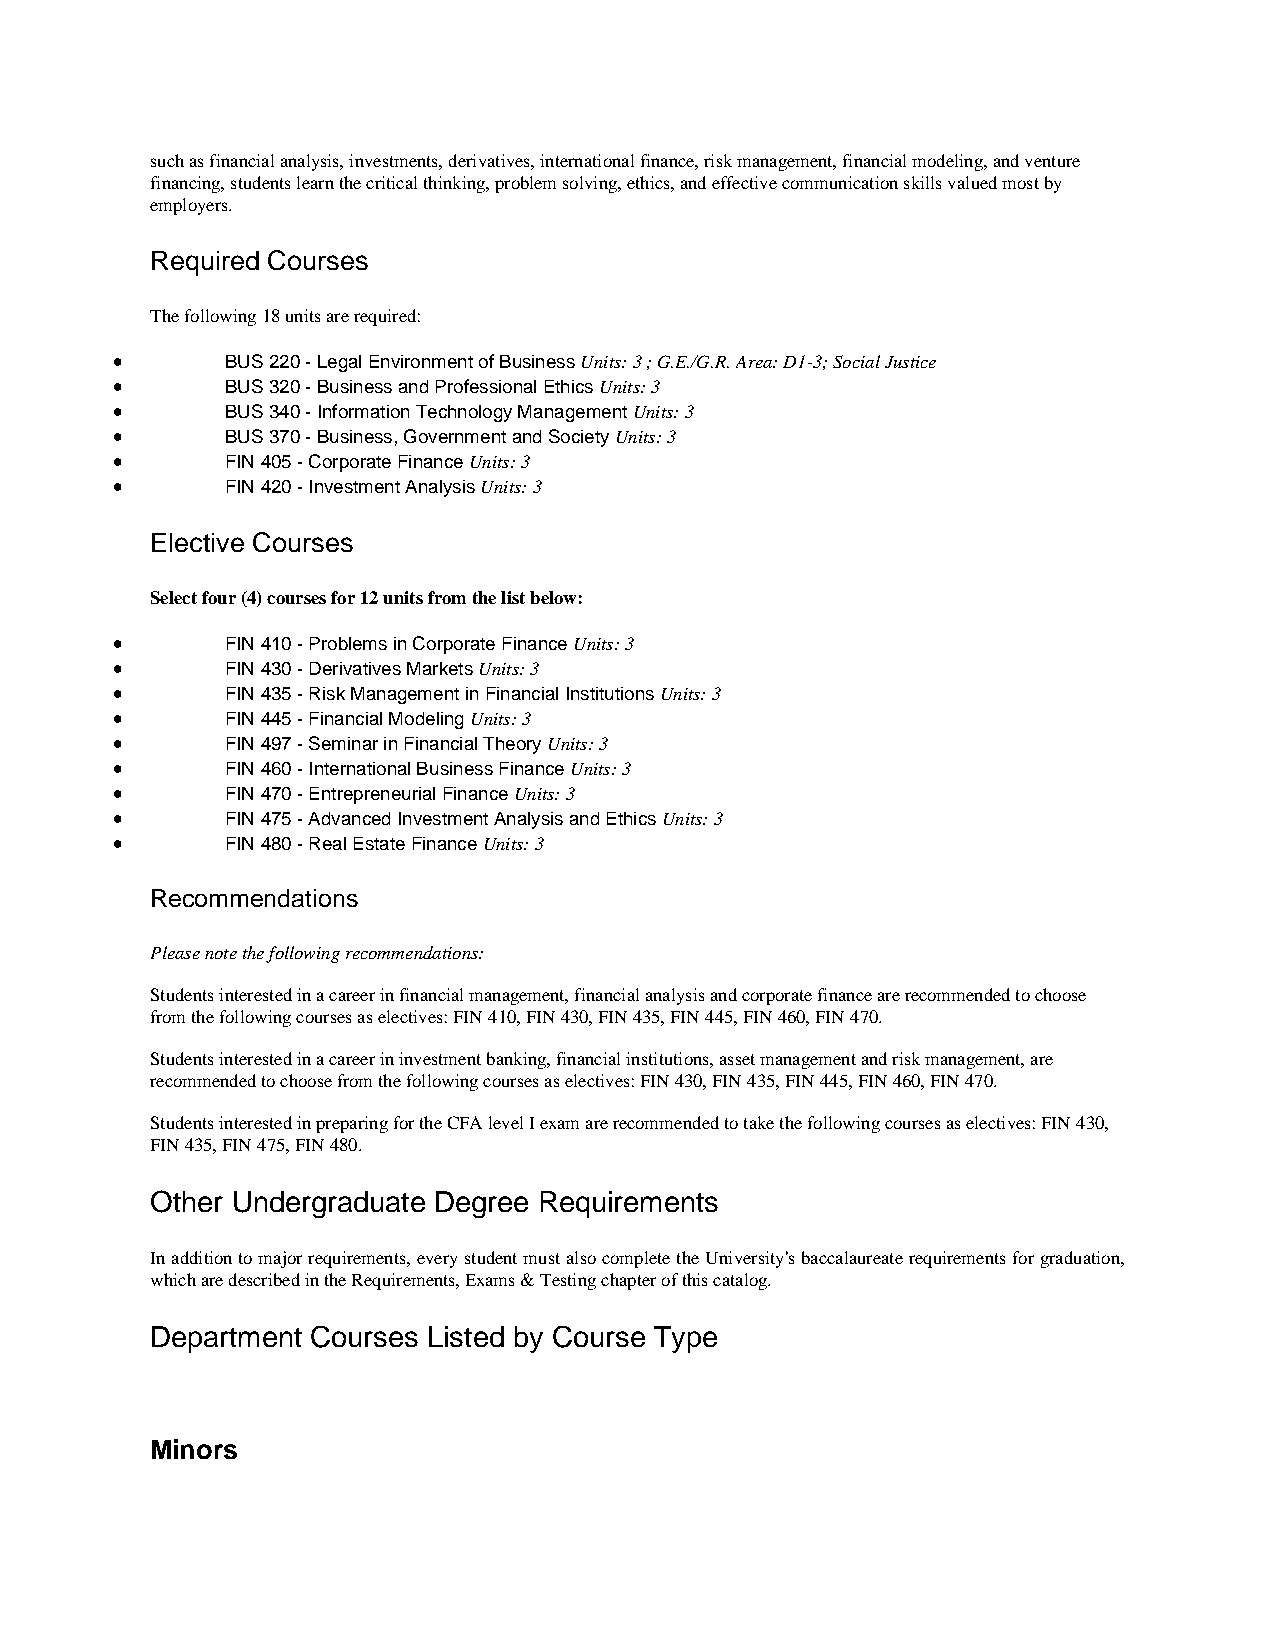
such as financial analysis, investments, derivatives, international finance, risk management, financial modeling, and venture
 financing, students learn the critical thinking, problem solving, ethics, and effective communication skills valued most by
 employers.
 Required Courses
 The following 18 units are required:
 •       BUS 220 - Legal Environment of Business Units: 3 ; G.E./G.R. Area: D1-3; Social Justice
 •       BUS 320 - Business and Professional Ethics Units: 3
 •       BUS 340 - Information Technology Management Units: 3
 •       BUS 370 - Business, Government and Society Units: 3
 •       FIN 405 - Corporate Finance Units: 3
 •       FIN 420 - Investment Analysis Units: 3
 Elective Courses
 Select four (4) courses for 12 units from the list below:
 •       FIN 410 - Problems in Corporate Finance Units: 3
 •       FIN 430 - Derivatives Markets Units: 3
 •       FIN 435 - Risk Management in Financial Institutions Units: 3
 •       FIN 445 - Financial Modeling Units: 3
 •       FIN 497 - Seminar in Financial Theory Units: 3
 •       FIN 460 - International Business Finance Units: 3
 •       FIN 470 - Entrepreneurial Finance Units: 3
 •       FIN 475 - Advanced Investment Analysis and Ethics Units: 3
 •       FIN 480 - Real Estate Finance Units: 3
 Recommendations
 Please note the following recommendations:
 Students interested in a career in financial management, financial analysis and corporate finance are recommended to choose
 from the following courses as electives: FIN 410, FIN 430, FIN 435, FIN 445, FIN 460, FIN 470.
 Students interested in a career in investment banking, financial institutions, asset management and risk management, are
 recommended to choose from the following courses as electives: FIN 430, FIN 435, FIN 445, FIN 460, FIN 470.
 Students interested in preparing for the CFA level I exam are recommended to take the following courses as electives: FIN 430,
 FIN 435, FIN 475, FIN 480.
 Other Undergraduate Degree Requirements
 In addition to major requirements, every student must also complete the University's baccalaureate requirements for graduation,
 which are described in the Requirements, Exams & Testing chapter of this catalog.
 Department Courses Listed by Course Type
 Minors